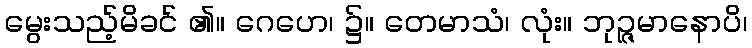
မွေးသည့်မိခင် ၏။ ဂေဟေ၊ ၌။ တေမာသံ၊ လုံး။ ဘုဉ္ဇမာနောပိ၊